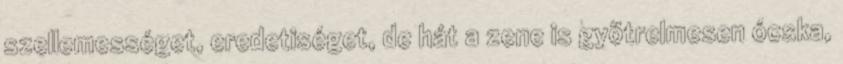
szellemességet, eredetiséget, de hát a zene is gyötrelmesen ócska,